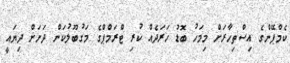
ކެމްޕޭންގެ އިސްތިހާރަށް މިމަހު ބޮޑު ހަރަދެއް ކުރި ޓްރަމްޕްގެ މަގުބޫލުކަން ދަށަށް ދިޔައީ